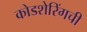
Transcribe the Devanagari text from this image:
कोडशेरिंगची